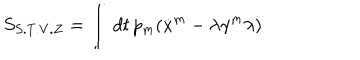
S _ { S . T . V . Z } = \int \, d t \, p _ { m } ( \dot { x } ^ { m } - \lambda \gamma ^ { m } \lambda )